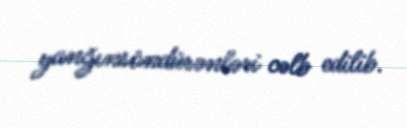
yanğınsöndürənləri cəlb edilib.